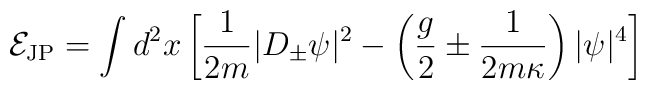
{\cal E}_{\rm JP}=\int d^2x \left[\frac{1}{2m}|D_\pm\psi|^2-\left(\frac{g}{2}\pm\frac{1}{2m\kappa}\right)|\psi|^4\right]